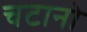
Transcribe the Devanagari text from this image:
चटानो